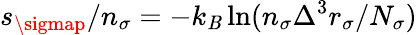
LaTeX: s_{\sigmap}/n_{\sigma}=-k_{\mathit{B}}\ln(n_{\sigma}\Delta^{3}r_{\sigma}/N_{\sigma})